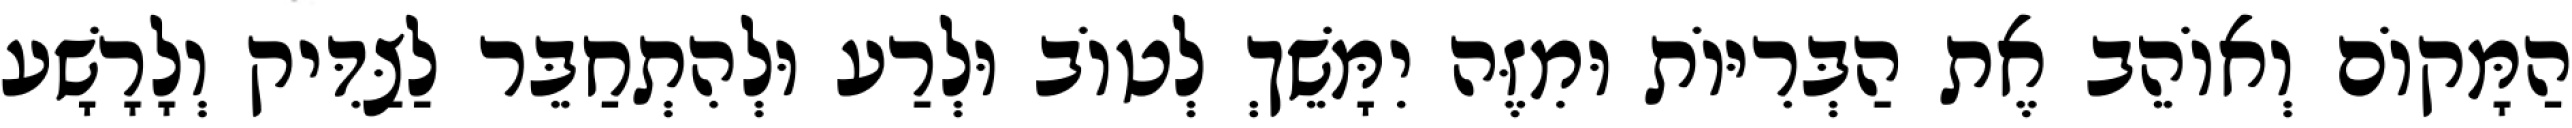
הַמָּקוֹם וְאוֹהֵב אֶת הַבְּרִיּוֹת וּמִזֶּה יִמָּשֵׁךְ לְטוֹב וּלְרַע וּלְהִתְחַבֵּר לַצַּדִּיק וְלָרָשָׁע